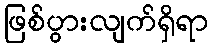
ဖြစ်ပွားလျက်ရှိရာ